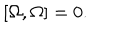
\left[ \Omega , \Omega \right] = 0 .